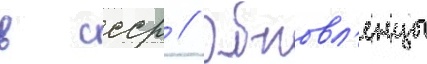
в ссср // Обновл'енцы